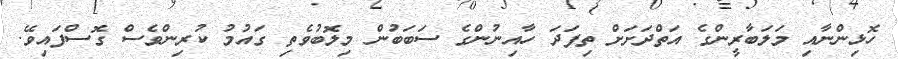
ހޮޅިންނާއި މަލަބާރީންގެ އަތްދަށަށް ތިފަދަ ހާއިނުންގެ ސަބަބުން މިލޮބުވެތި ގައުމު ކުރިންވެސް ގޮސްފައިވޭ.